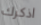
اذكرك